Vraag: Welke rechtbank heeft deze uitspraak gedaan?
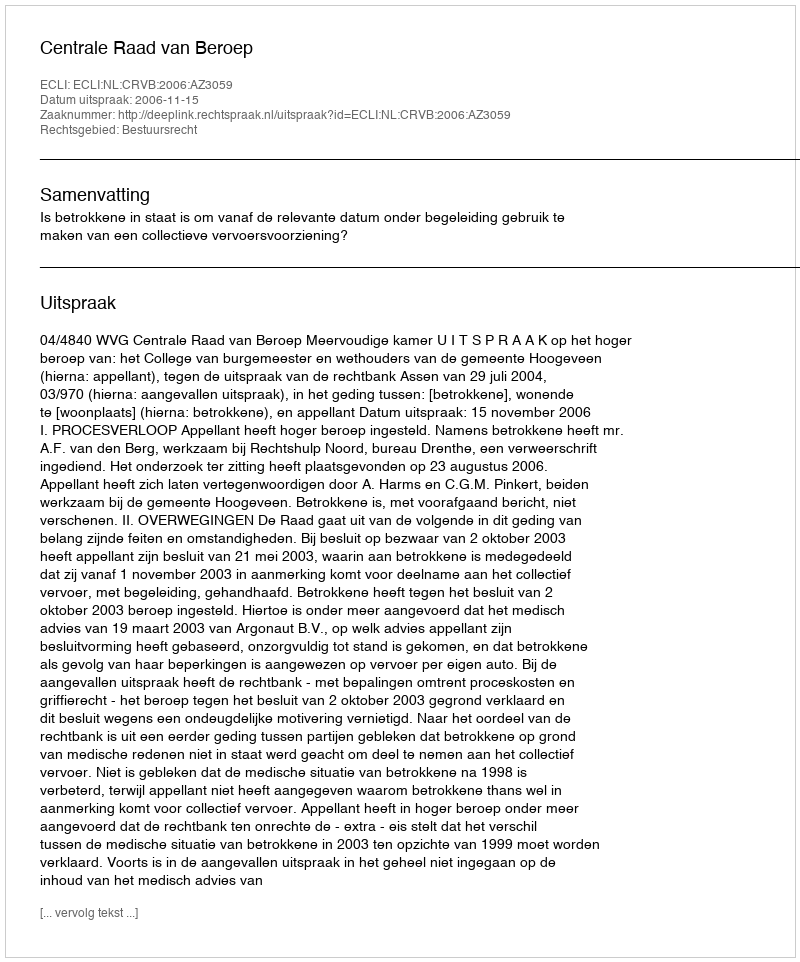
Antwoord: Centrale Raad van Beroep